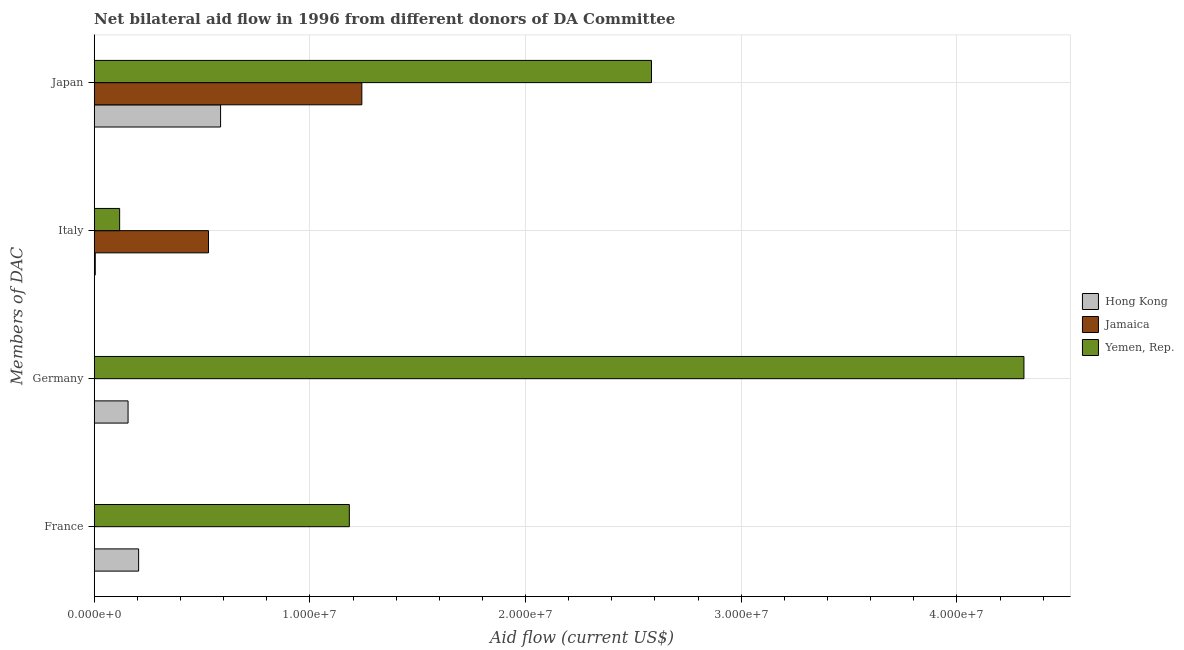
| Members of DAC | Hong Kong | Jamaica | Yemen, Rep. |
 | --- | --- | --- | --- |
 | France | 2.06e+06 | -1.9e+05 | 1.18e+07 |
 | Germany | 1.57e+06 | -9.62e+06 | 4.31e+07 |
 | Italy | 5e+04 | 5.3e+06 | 1.18e+06 |
 | Japan | 5.86e+06 | 1.24e+07 | 2.58e+07 |